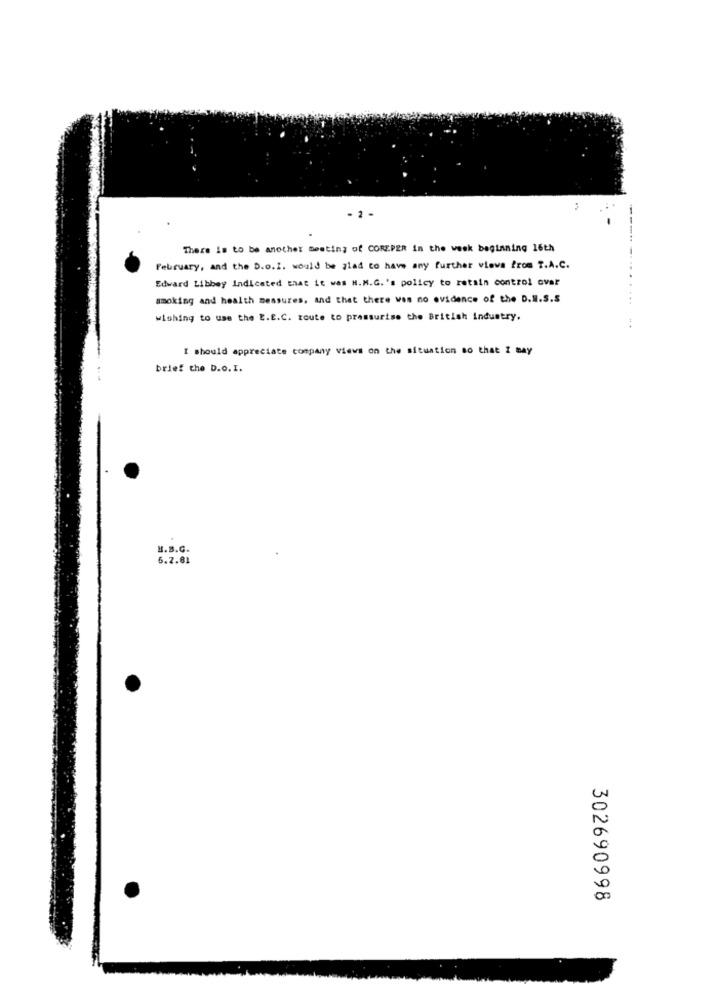
- 2 -
There is to be another meeting of COREPER in the week beginning 16th
February, and the D.o.I. would be glad to have any further views from T.A.C.
Edward Libbey Indicated that it was H.M.G.'s policy to retain control over
smoking and health measures, and that there vos no evidence of the D.N.S.S
wishing to use the E.E.C. route to pressurise the British industry.
I should appreciate company views on the situation so that I bay
brief the D.o. I.
H.B.C.
6.2.81
302690998